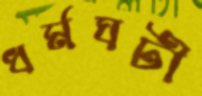
ধর্মঘটী